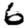
Digit: 6